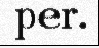
per.